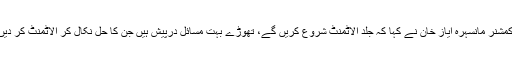
ڈپٹی کمشنر مانسہرہ ایاز خان نے کہا کہ جلد الاٹمنٹ شروع کریں گے، تھوڑے بہت مسائل درپیش ہیں جن کا حل نکال کر الاٹمنٹ کر دیں گے۔